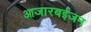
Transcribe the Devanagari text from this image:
आजारबईजन